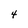
Character: 4